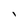
Character: l